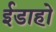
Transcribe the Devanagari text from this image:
ईडाहो